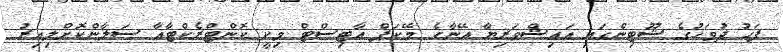
ފަހު ދުވަހުގެ ޝޫޓިންގައި އައިޝްވަރިޔާ އޭނާގެ މޭކަޕް އާޓިސްޓް މިކީ ކޮންޓްރެކްޓާއާ ސަލާންކޮށްލިއިރު